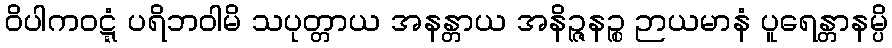
ဝိပါကဝဋ္ဋံ ပရိဘဝါမိ သပုတ္တာယ အနန္တာယ အနိဉ္ဇနဉ္စ ဉာယမာနံ ပူရေန္တာနမ္ပိ